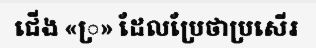
ជើង «្រ» ដែលប្រែថាប្រសើរ